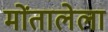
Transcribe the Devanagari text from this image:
मोंतालेला